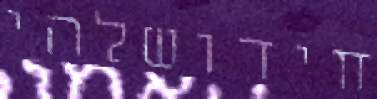
חידושלהי